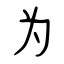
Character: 为